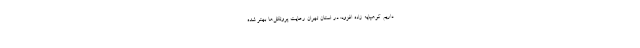
داریم. کوهپایه زاده افزود: در استان تهران رعایت پروتکل‌ها بهتر شده